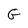
Character: G